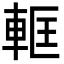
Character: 軭